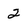
Character: 2